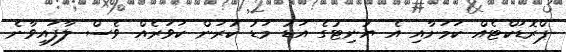
ޕްރޮޑަކްޓެއް ކަމަށާއި އެ ޔުނިޓުގެ އަޑު މަޑު ކުރަން ކަވަރެއް ވެސް ލާފައިވާނެ